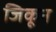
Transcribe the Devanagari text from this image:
जिकून